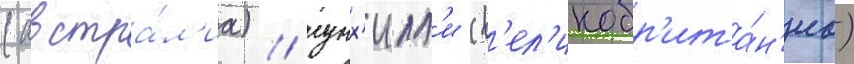
(австра́л'иа) / гунх'илл'и (в'ел'икобр'ита́н'иа)